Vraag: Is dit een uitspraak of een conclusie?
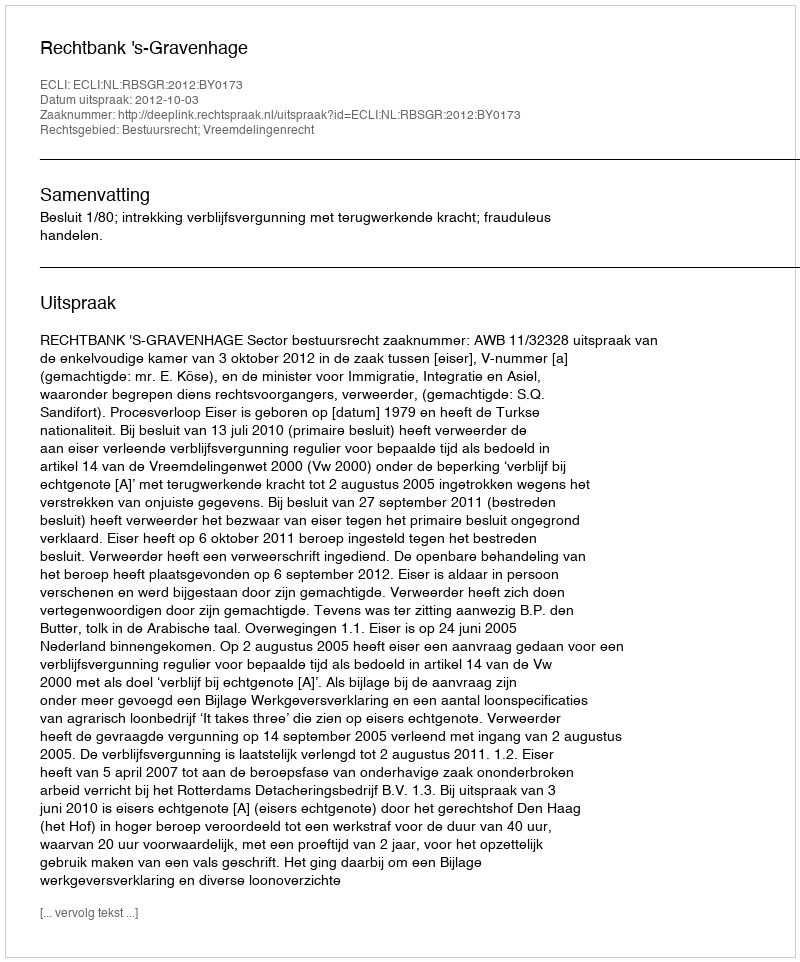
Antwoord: Uitspraak